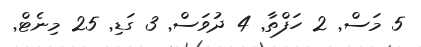
5 މަސް